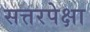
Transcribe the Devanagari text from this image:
सत्तरपेक्षा